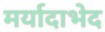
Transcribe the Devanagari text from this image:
मर्यादाभेद